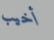
أخيب